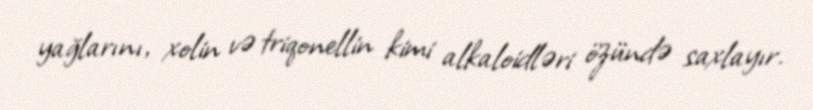
yağlarını, xolin və triqonellin kimi alkaloidləri özündə saxlayır.